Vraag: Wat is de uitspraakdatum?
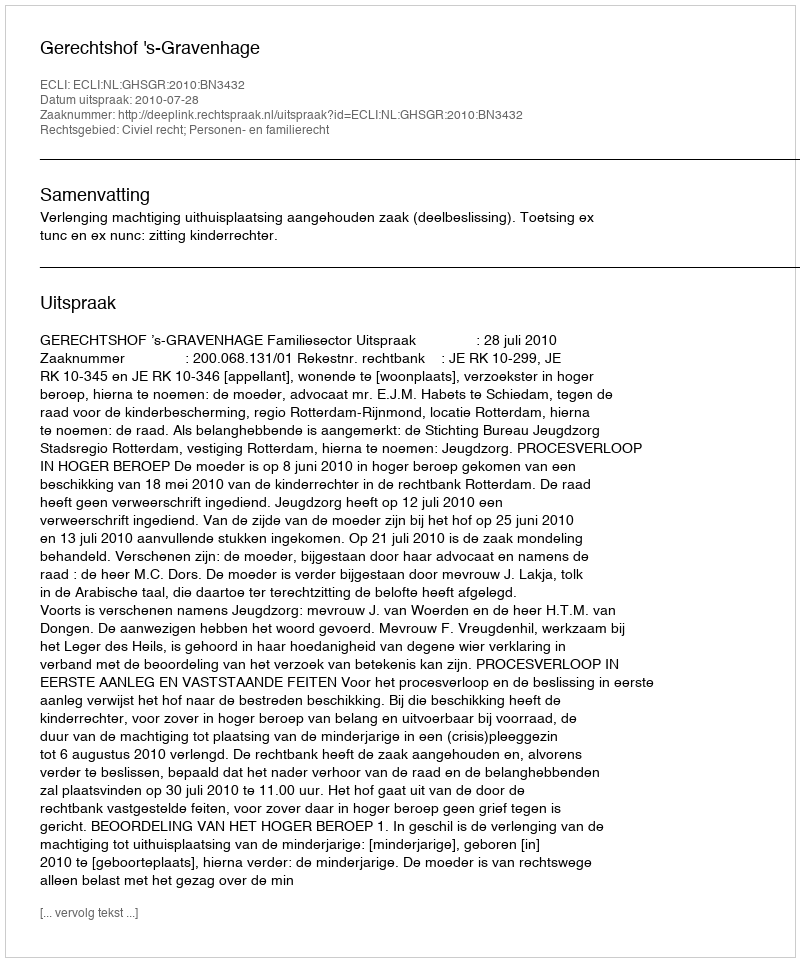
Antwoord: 2010-07-28